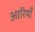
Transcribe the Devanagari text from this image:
आरियाँ